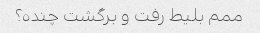
ممم بلیط رفت و برگشت چنده؟